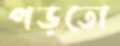
পড়তো